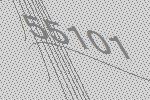
55101